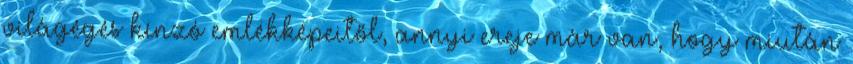
világégés kínzó emlékképeitől, annyi ereje már van, hogy miután